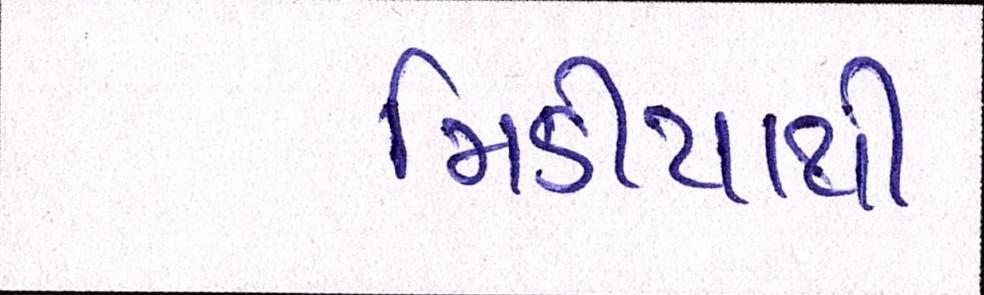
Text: મિડીયાથી